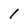
Character: 1